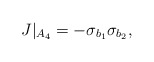
\begin{align*}J|_{A_4} = -\sigma_{b_1} \sigma_{b_2},\end{align*}